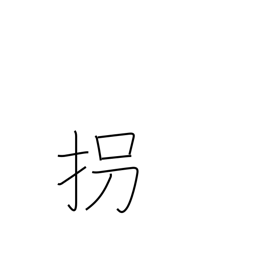
Meaning: kidnap